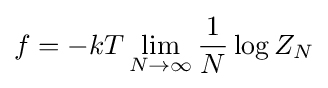
f=-kT\lim _{N\rightarrow \infty }{\frac {1}{N}}\log Z_{N}